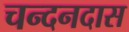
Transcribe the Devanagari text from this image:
चन्दनदास